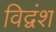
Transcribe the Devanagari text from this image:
विद्वंश